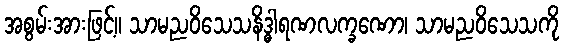
အစွမ်းအားဖြင့်။ သာမညဝိသေသနိဒ္ဓါရဏလက္ခဏော၊ သာမညဝိသေသကို